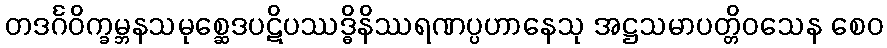
တဒင်္ဂဝိက္ခမ္ဘနသမုစ္ဆေဒပဋိပဿဒ္ဓိနိဿရဏပ္ပဟာနေသု အဋ္ဌသမာပတ္တိဝသေန စေဝ